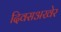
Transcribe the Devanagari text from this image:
दिवसअखेर